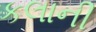
કલાની